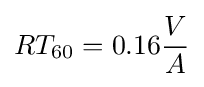
RT_{60}=0.16{\frac {V}{A}}